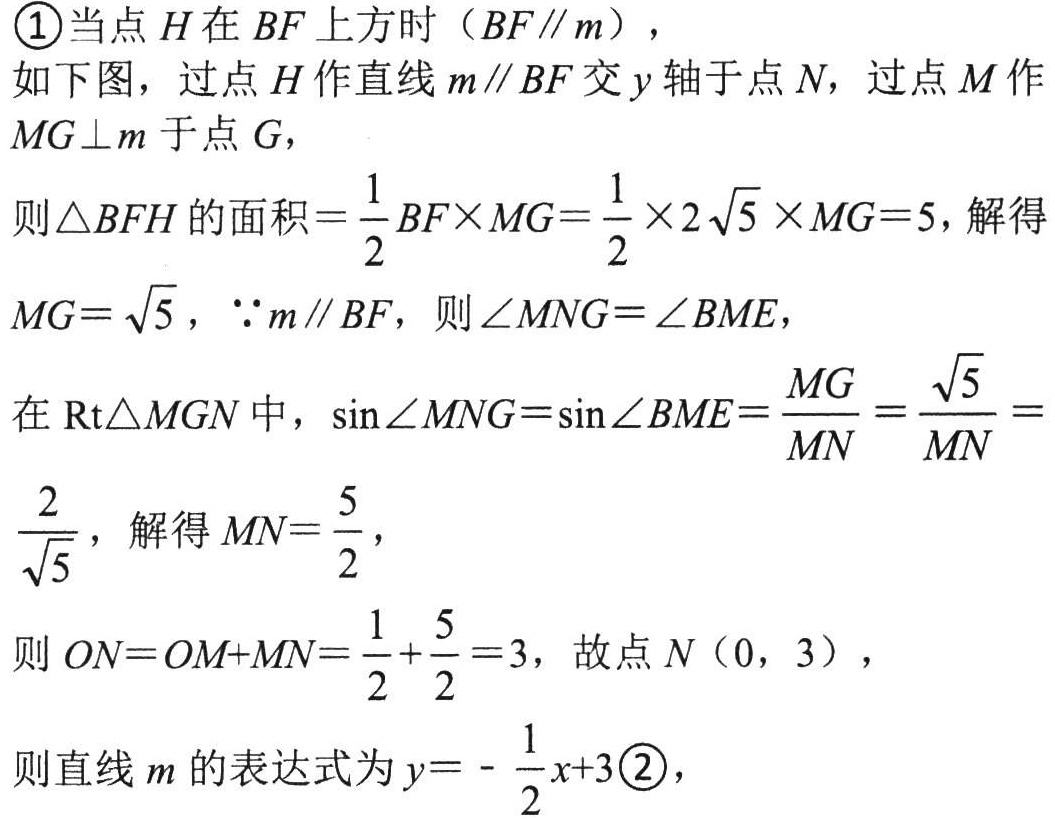
\textcircled{1}当点\(H\)在\(BF\)上方时（\(BF\parallel m\)），
如下图，过点\(H\)作直线\(m\parallel BF\)交\(y\)轴于点\(N\)，过点\(M\)作\(MG\perp m\)于点\(G\)，
则\(\triangle BFH\)的面积\(=\dfrac{1}{2}BF\times MG=\dfrac{1}{2}\times2\sqrt{5}\times MG = 5\)，解得
\(MG = \sqrt{5}\)，\(\because m\parallel BF\)，则\(\angle MNG=\angle BME\)，
在\(\text{Rt}\triangle MGN\)中，\(\sin\angle MNG=\sin\angle BME=\dfrac{MG}{MN}=\dfrac{\sqrt{5}}{MN}=\)
\(\dfrac{2}{\sqrt{5}}\)，解得\(MN=\dfrac{5}{2}\)，
则\(ON = OM + MN=\dfrac{1}{2}+\dfrac{5}{2}=3\)，故点\(N(0,3)\)，
则直线\(m\)的表达式为\(y = -\dfrac{1}{2}x + 3\textcircled{2}\)，